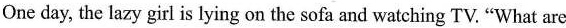
One day, the lazy girl is lying on the sofa and watching TV."What are